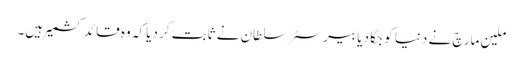
ملین مارچ نے دنیا کو جگا دیا بیرسٹر سلطان نے ثابت کر دیا کہ وہ قائد کشمیر ہیں۔